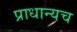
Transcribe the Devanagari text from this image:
प्राधान्यच